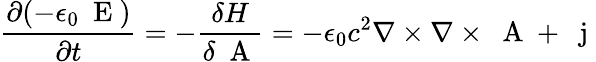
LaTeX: \frac{\partial(-\epsilon_{0}\mathrm{~\mathbf~E~})}{\partial t}=-\frac{\delta H}{\delta\mathrm{~\mathbf~A~}}=-\epsilon_{0}c^{2}\nabla\times\nabla\times\mathrm{~\mathbf~A~}+\mathrm{~\mathbf~j~}